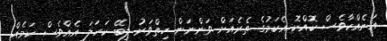
އަނެއްކާވެސް ކޮއްކޮ އެކަމުގެ ތެރެއަށް ވަންނަން ހިތްވަރު ލިބޭ ކަހަލަ އެއްވެސް ކަމެއް